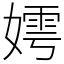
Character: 嫮